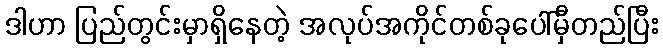
ဒါဟာ ပြည်တွင်းမှာရှိနေတဲ့ အလုပ်အကိုင်တစ်ခုပေါ်မှီတည်ပြီး